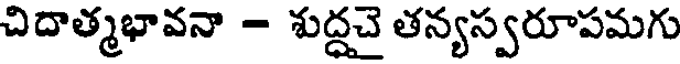
చిదాత్మభావనా - శుద్ధచై తన్యస్వరూపమగు